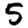
Digit: 5